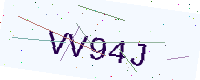
Text: VV94J